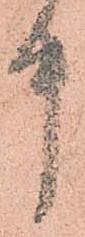
中